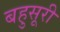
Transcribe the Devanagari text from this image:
बहुसूरी